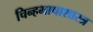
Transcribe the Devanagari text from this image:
चिन्हभाषाशास्त्र